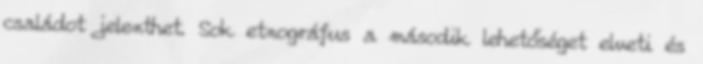
családot jelenthet. Sok etnográfus a második lehetőséget elveti és